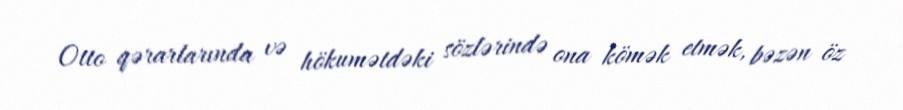
Otto qərarlarında və hökumətdəki sözlərində ona kömək etmək, bəzən öz